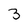
Character: 3